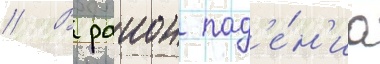
// В раион пад'е́н'иа